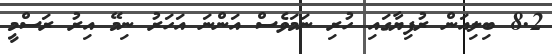
8.2 ބިލިއަން ރުފިޔާގައި ހުރި ނަމަވެސް އަންނަ އަހަރު ނިމޭ އިރު ރަސްމީ